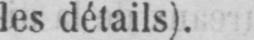
les détails).